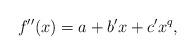
LaTeX: \begin{align*}f''(x) = a+b'x+c'x^q,\end{align*}